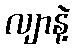
လျာနဲ့